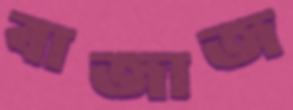
বাজাজ